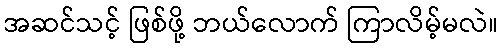
အဆင်သင့် ဖြစ်ဖို့ ဘယ်လောက် ကြာလိမ့်မလဲ။